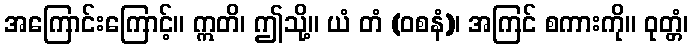
အကြောင်းကြောင့်။ ဣတိ၊ ဤသို့။ ယံ တံ (ဝစနံ)၊ အကြင် စကားကို။ ဝုတ္တံ၊